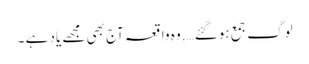
لوگ جمع ہوگئے…. وہ واقعہ آج بھی مجھے یاد ہے ۔